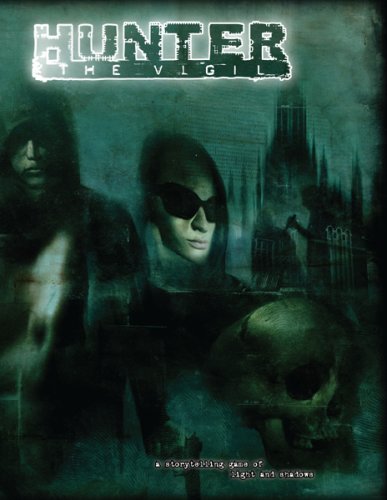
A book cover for Hunter: The Vigil; Science Fiction & Fantasy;